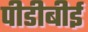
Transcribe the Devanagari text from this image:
पीडीबीई